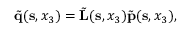
\begin{array} { r } { \tilde { \bf q } ( { \bf s } , x _ { 3 } ) = \tilde { \bf L } ( { \bf s } , x _ { 3 } ) \tilde { \bf p } ( { \bf s } , x _ { 3 } ) , } \end{array}